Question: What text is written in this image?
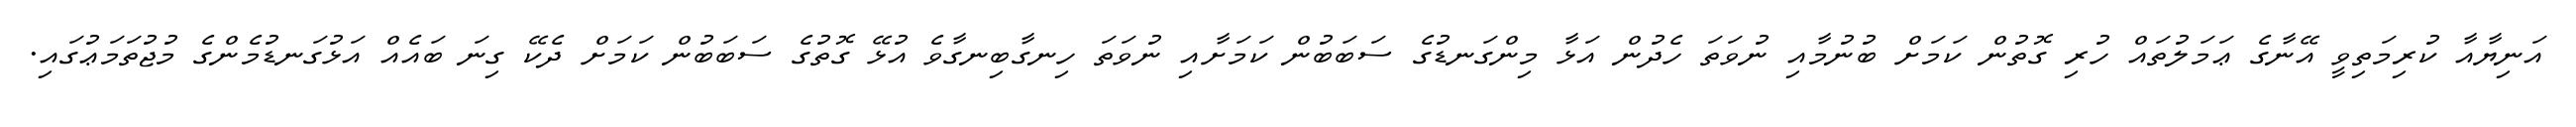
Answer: އަނިޔާއާ ކުރިމަތިވީ އޭނާގެ ޢަމަލުތައް ހުރި ގޮތުން ކަމަށް ބުނުމާއި ނުވަތަ ހެދުން އަޅާ މިންގަނޑުގެ ސަބަބުން ކަމަށާއި ނުވަތަ ހިނގާބިނގާވެ އުޅޭ ގޮތުގެ ސަބަބުން ކަމަށް ދެކޭ ގިނަ ބައެއް އަޅުގަނޑުމެންގެ މުޖުތަމަޢުގައި.